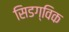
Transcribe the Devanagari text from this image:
सिडग्विक